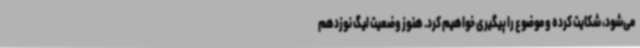
می‌شود، شکایت کرده و موضوع را پیگیری خواهیم کرد. هنوز وضعیت لیگ نوزدهم